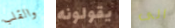
والقلب يقولونه الى